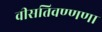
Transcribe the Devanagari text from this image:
वीसतिवण्णणा